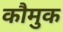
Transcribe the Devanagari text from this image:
कौमुक